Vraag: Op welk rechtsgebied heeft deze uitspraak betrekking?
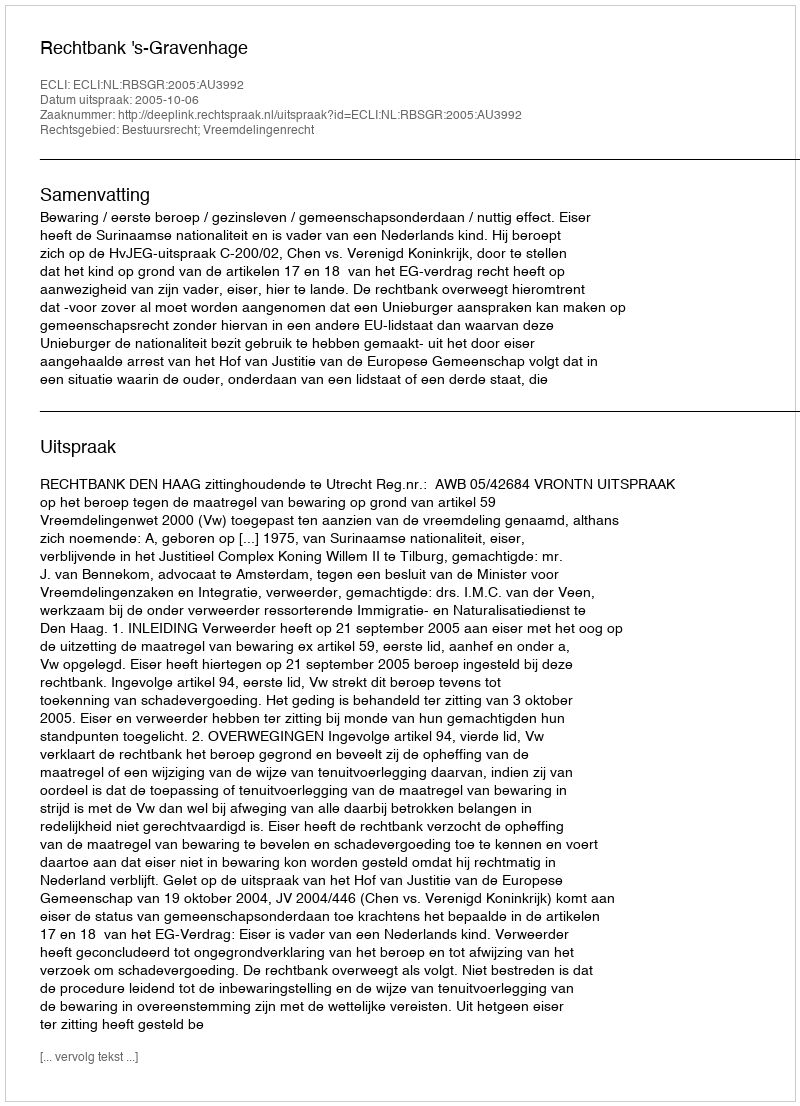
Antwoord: Bestuursrecht; Vreemdelingenrecht